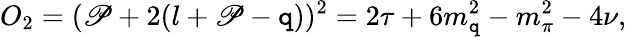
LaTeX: O_{2}=(\mathscr{P}+2(l+\mathscr{P}-\mathtt{q}))^{2}=2\tau+6m_{\mathtt{q}}^{2}-m_{\pi}^{2}-4\nu,